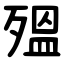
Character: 殟